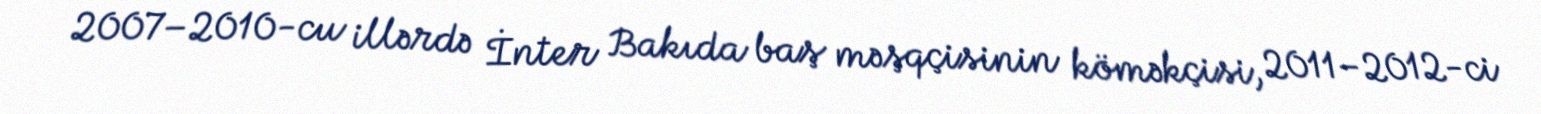
2007–2010-cu illərdə İnter Bakıda baş məşqçisinin köməkçisi, 2011–2012-ci